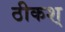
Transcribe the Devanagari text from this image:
ठीकश्